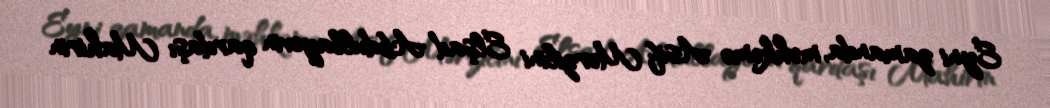
Eyni zamanda, məhkəmə Asif Mərzilini Elşad Abdullayevin qardaşı Mahirin